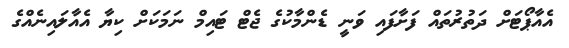
އެއާޕޯޓަށް ދަތުރުތައް ފަށާފައި ވަނީ ޑެންމާކުގެ ޖެޓް ޓައިމް ނަމަކަށް ކިޔާ އެއާލައިނެއްގެ